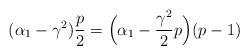
LaTeX: \begin{align*}(\alpha_1-\gamma^2)\frac{p}{2}=\Big(\alpha_1-\frac{\gamma^2}{2}p\Big)(p-1)\end{align*}